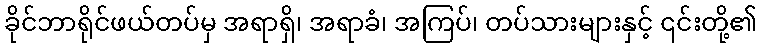
ခိုင်ဘာရိုင်ဖယ်တပ်မှ အရာရှိ၊ အရာခံ၊ အကြပ်၊ တပ်သားများနှင့် ၎င်းတို့၏